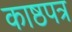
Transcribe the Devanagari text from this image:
काष्ठपत्र